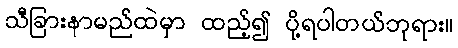
သီခြားနာမည်ထဲမှာ ထည့်၍ ပို့ရပါတယ်ဘုရား။